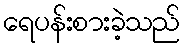
ရေပန်းစားခဲ့သည်